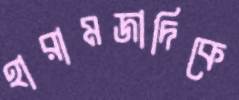
হারামজাদিকে